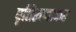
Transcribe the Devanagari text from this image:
वृत्तिरत्नाकर